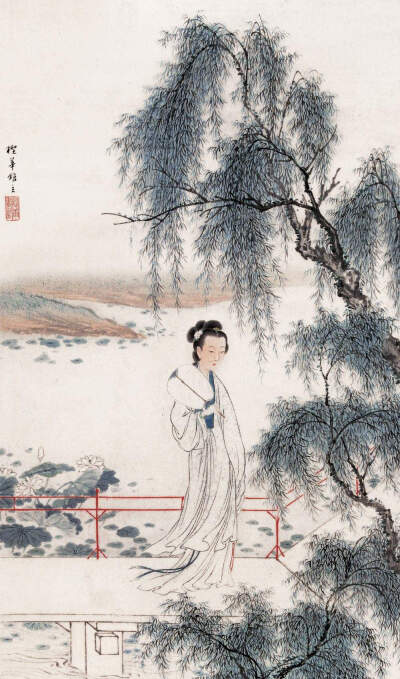
曾与美人桥上别，恨无消息到今朝。